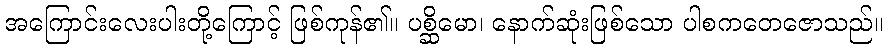
အကြောင်းလေးပါးတို့ကြောင့် ဖြစ်ကုန်၏။ ပစ္ဆိမော၊ နောက်ဆုံးဖြစ်သော ပါစကတေဇောသည်။